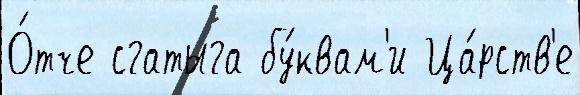
О́тче сгатыга бу́квам'и Ца́рств'е